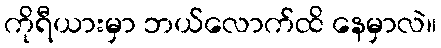
ကိုရီယားမှာ ဘယ်လောက်ထိ နေမှာလဲ။